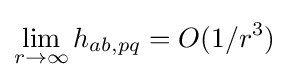
\lim _{r\rightarrow \infty }h_{ab,pq}=O(1/r^{3})